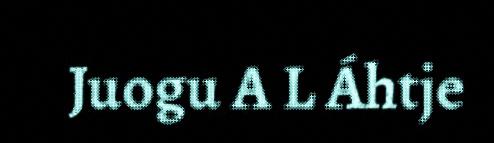
Juogu A L Áhtje